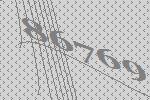
86769